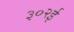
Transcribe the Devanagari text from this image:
३०२ई